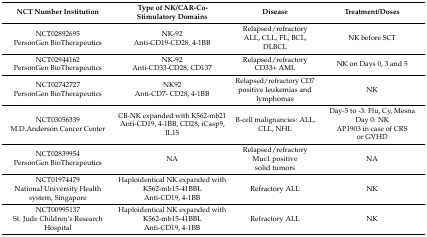
<table><thead><tr><td><b>NCT Number Institution</b></td><td><b>Type of NK/CAR-Co-Stimulatory Domains</b></td><td><b>Disease</b></td><td><b>Treatment/Doses</b></td></tr></thead><tbody><tr><td>NCT02892695PersonGen BioTherapeutics</td><td>NK-92Anti-CD19-CD28, 4-1BB</td><td>Relapsed/refractory ALL, CLL, FL, BCL, DLBCL</td><td>NK before SCT</td></tr><tr><td>NCT02944162PersonGen BioTherapeutics</td><td>NK-92Anti-CD33-CD28, CD137</td><td>Relapsed/refractory CD33+ AML</td><td>NK on Days 0, 3 and 5</td></tr><tr><td>NCT02742727PersonGen BioTherapeutics</td><td>NK92Anti-CD7- CD28, 4-1BB</td><td>Relapsed/refractory CD7 positive leukemias and lymphomas</td><td>NK</td></tr><tr><td>NCT03056339M.D.Anderson Cancer Center</td><td>CB-NK expanded with K562-mb21Anti-CD19, 4-1BB, CD28, iCasp9, IL15</td><td>B-cell malignancies: ALL, CLL, NHL</td><td>Day-5 to -3: Flu, Cy, MesnaDay 0: NKAP1903 in case of CRS or GVHD</td></tr><tr><td>NCT02839954PersonGen BioTherapeutics</td><td>NA</td><td>Relapsed/refractory Muc1 positive solid tumors</td><td>NA</td></tr><tr><td>NCT01974479National University Health system, Singapore</td><td>Haploidentical NK expanded with K562-mb15-41BBLAnti-CD19, 4-1BB</td><td>Refractory ALL</td><td>NK</td></tr><tr><td>NCT00995137St. Jude Children‘s Research Hospital</td><td>Haploidentical NK expanded with K562-mb15-41BBLAnti-CD19, 4-1BB</td><td>Refractory ALL</td><td>NK</td></tr></tbody></table>